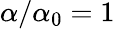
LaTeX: \alpha/\alpha_{0}=1